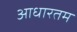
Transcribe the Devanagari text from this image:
आधारतम